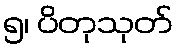
၅၊ ပိတုသုတ်